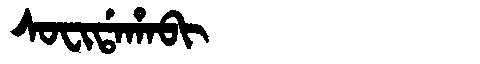
Manchu: ᠰᠣᠸᡳᡩᠠᡥᠠᠪᡳ
Romanization: SOFIDAHABI